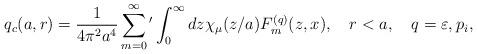
LaTeX: \begin{align*}q_c(a,r)=\frac{1}{4\pi ^2a^4}\sum_{m=0}^{\infty}{'}\int_{0}^{\infty}{dz\chi _\mu (z/a)F_m^{(q)}(z,x)}, \quad r<a,\quad q=\varepsilon ,p_i,\end{align*}